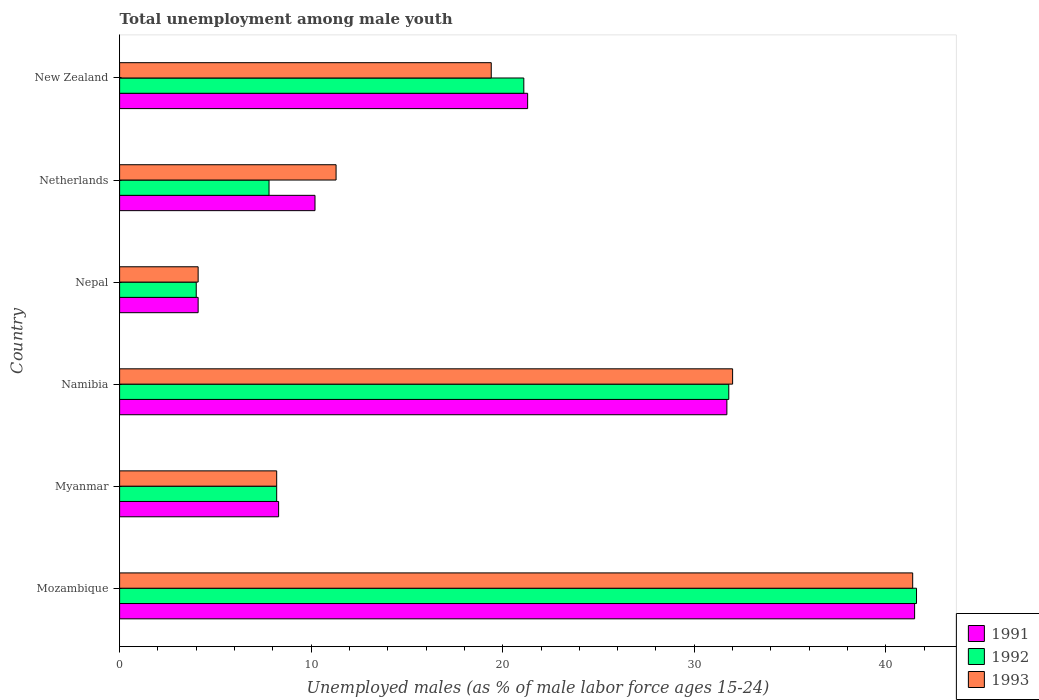
| Country | 1991 | 1992 | 1993 |
 | --- | --- | --- | --- |
 | Mozambique | 41.5 | 41.6 | 41.4 |
 | Myanmar | 8.3 | 8.2 | 8.2 |
 | Namibia | 31.7 | 31.8 | 32 |
 | Nepal | 4.1 | 4 | 4.1 |
 | Netherlands | 10.2 | 7.8 | 11.3 |
 | New Zealand | 21.3 | 21.1 | 19.4 |